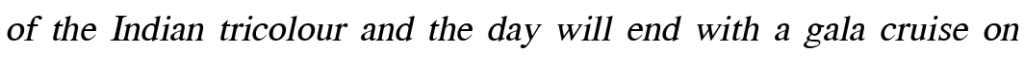
of the Indian tricolour and the day will end with a gala cruise on